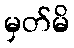
မှတ်မိ